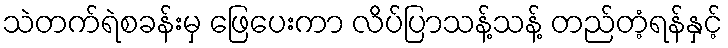
သဲတက်ရဲစခန်းမှ ဖြေပေးကာ လိပ်ပြာသန့်သန့် တည်တံ့ရန်နှင့်